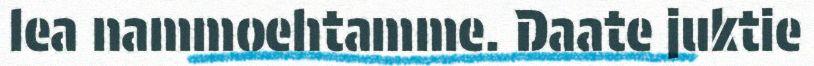
lea nammoehtamme. Daate juktie